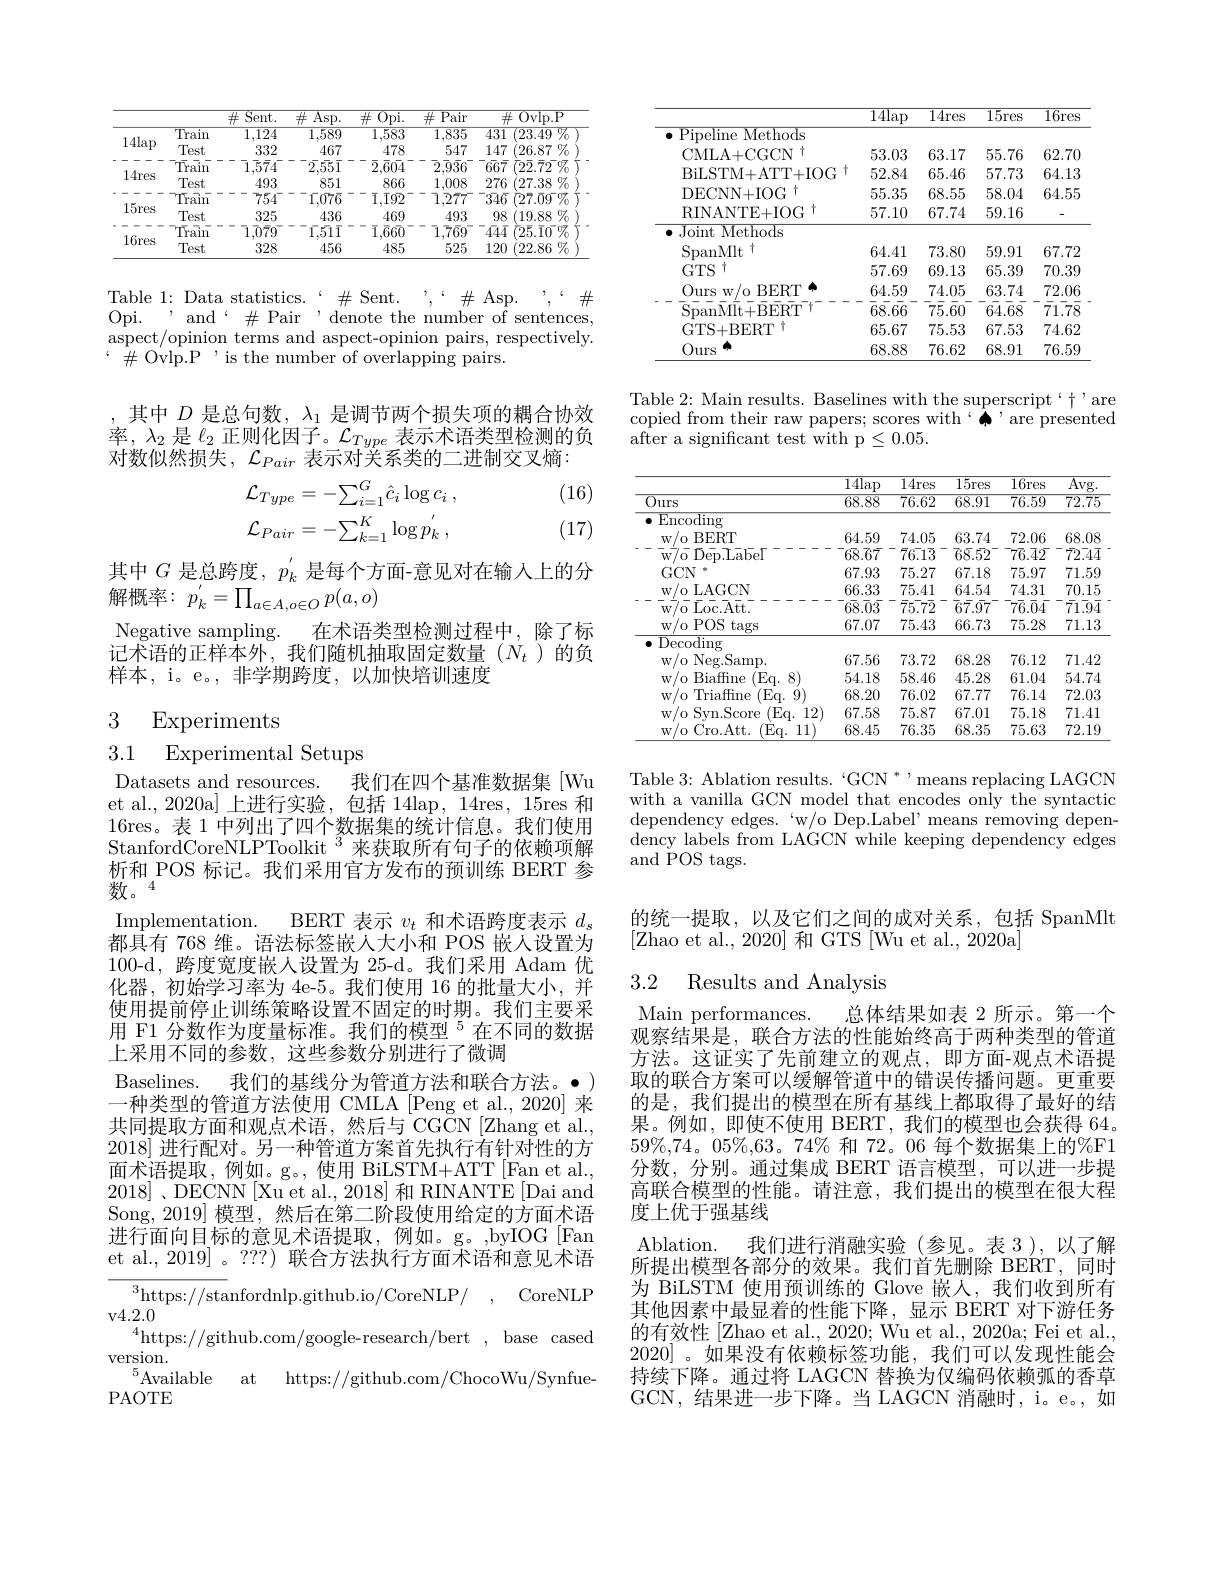
<table>
	<tbody>
		<tr>
			<th> </th>
			<th> </th>
			<th>$\#$Sent.</th>
			<th>$\overline{\#\text{Asp.}}$</th>
			<th>$\overline{\mathrm{Opi.}}$ 拉 1</th>
			<th>$\overline{\text{Pair}}$ 井</th>
			<th>$\#$Ovlp. P</th>
		</tr>
		<tr>
			<td>1 11</td>
			<td>$\overline{\text{Train}}$</td>
			<td>1,124</td>
			<td>$\overline{1,589}$</td>
			<td>1,583</td>
			<td>$\overline{1,835}$</td>
			<td>431 (23.49 $\%$</td>
		</tr>
		<tr>
			<td>$1414p$</td>
			<td>Test</td>
			<td>332</td>
			<td>467</td>
			<td>478</td>
			<td>547</td>
			<td>147 $(26.87\%$</td>
		</tr>
		<tr>
			<td> </td>
			<td>$\bar{\text{Train}}$</td>
			<td>$\bar{1},\bar{5}\bar{7}4$</td>
			<td>$\bar{2}\bar{55}\bar{1}$</td>
			<td>$\bar{2},\bar{6}\bar{04}$</td>
			<td>$\bar{2},\bar{9}\bar{3}6$</td>
			<td>$\bar{6}\bar{6}\bar{6}\bar{7}$ $\bar{(}2\bar{2}.\bar{7}\bar{2}\%$</td>
		</tr>
		<tr>
			<td>14res</td>
			<td>Test</td>
			<td>493</td>
			<td>851</td>
			<td>866</td>
			<td>1,008</td>
			<td>276 (27.38 $\%$</td>
		</tr>
		<tr>
			<td> </td>
			<td>$\daleth \text{Tra\^{ı } n}$</td>
			<td>754</td>
			<td>1,076</td>
			<td>1,192</td>
			<td>1,277</td>
			<td>-346 $\textcircled{2}7.09\%$</td>
		</tr>
		<tr>
			<td>$15res$</td>
			<td>Test</td>
			<td>325</td>
			<td>436</td>
			<td>469</td>
			<td>493</td>
			<td>98 (19.88 $\%$ 21</td>
		</tr>
		<tr>
			<td> </td>
			<td>$\bar{\text{Train}}$</td>
			<td>$\bar{1},\bar{0}\bar{7}\bar{9}$</td>
			<td>1511</td>
			<td>$\bar{1},\bar{6}6\bar{0}$</td>
			<td>$\bar{1},\bar{7}\bar{6}9$</td>
			<td>$\dot{(}25.\bar{1}0\%$ 444</td>
		</tr>
		<tr>
			<td>$10res$</td>
			<td>Test</td>
			<td>328</td>
			<td>456</td>
			<td>485</td>
			<td>525</td>
			<td>120 $\langle 22. 86$ $\%$</td>
		</tr>
	</tbody>
</table>

Table 1: Data statistics. ‘# Sent. ’,“# Asp. ’,“# Opi. , and $\#$Pair ,denote the number of sentences, aspect/opinion terms and aspect-opinion pairs, respectively. $\#$Ovlp.P , is the number of overlapping pairs.

其中$D$是总句数，$\lambda_1$是调节两个损失项的耦合协效率，$\lambda_2$是$\ell_2$正则化因子。$\mathcal{L}_Type$表示术语类型检测的负对数似然损失，$\mathcal{L}_Pair$表示对关系类的二进制交叉熵：

(16)
$$\mathcal{L}_{Type}=-\sum_{i=1}^{G}\hat{c}_{i}\log c_{i}\:,\\\mathcal{L}_{Pair}=-\sum_{k=1}^{K}\log p_{k}^{'}\:,$$
(17)

其中$G$是总跨度，$p_k^{^{\prime}}$是每个方面-意见对在输入上的分
解概率：$p_k^{'}=\prod_{a\in A,o\in O}p(a,o)$

Negative sampling. 在术语类型检测过程中，除了标$\bar{\text{记术语的正样本外，我们随机抽取固定数量(}N_t)}$的负样本，i。e。,非学期跨度，以加快培训速度

## 3 Experiments

3.1 Experimental Setups

Datasets and resources. 我们在四个基准数据集[Wu] et al., 2020a] 上进行实验，包括 14lap, 14res, 15res 和16res。表 1 中列出了四个数据集的统计信息。我们使用StanfordCoreNLPToolkit $^{3}$来获取所有句子的依赖项解析和 POS 标记。我们采用官方发布的预训练 BERT 参数。4
Implementation. BERT 表示$v_t$和术语跨度表示$d$ 都具有 768 维。语法标签嵌人大小和 POS 嵌人设置为100-d,跨度宽度嵌人设置为 25-d。我们采用 Adam 优化器，初始学习率为 4e-5。我们使用 16 的批量大小，并使用提前停止训练策略设置不固定的时期。我们主要采用 F1 分数作为度量标准。我们的模型$^{5}$在不同的数据上采用不同的参数，这些参数分别进行了微调
Baselines. 我们的基线分为管道方法和联合方法。·) 一种类型的管道方法使用 CMLA [Peng et al., 2020] 来共同提取方面和观点术语，然后与 CGCN [Zhang et al., 2018]进行配对。另一种管道方案首先执行有针对性的方面术语提取，例如。g。,使用 BiLSTM+ATT[Fan et al., 2018] ,DECNN[Xu et al., 2018] 和 RINANTE[Dai and Song, 2019] 模型，然后在第二阶段使用给定的方面术语进行面向目标的意见术语提取，例如。g。,byIOG[Fan] et al.,2019]。???)联合方法执行方面术语和意见术语
$^3$https://stanfordnlp.github.io/CoreNLP/
CoreNLP
v4. 2. 0
$^4$https://github.com/google-research/bert, base cased
version.
$^{5}$Available at
https://github.com/ChocoWu/Synfue-
PAOTE

<table>
	<tbody>
		<tr>
			<th> </th>
			<th>$\overline{14\text{lap}}$</th>
			<th>$\overline{14\text{res}}$</th>
			<th>$\overline{15\text{res}}$</th>
			<th>$\overline{16\text{res}}$</th>
		</tr>
		<tr>
			<td>Pipeline Methods</td>
			<td> </td>
			<td> </td>
			<td> </td>
			<td> </td>
		</tr>
		<tr>
			<td>$\mathrm{CMLA+CGCN}^{\dagger}$</td>
			<td>53.03</td>
			<td>63.17</td>
			<td>55.76</td>
			<td>62.70</td>
		</tr>
		<tr>
			<td>$\mathrm{BiLSTM+ATT+IOG}^{\dagger}$</td>
			<td>52.84</td>
			<td>65.46</td>
			<td>57.73</td>
			<td>64.13</td>
		</tr>
		<tr>
			<td>$\mathrm{DECNN+IOG}^{\dagger}$</td>
			<td>55.35</td>
			<td>68.55</td>
			<td>58.04</td>
			<td>64.55</td>
		</tr>
		<tr>
			<td>RINANTE+IOG 11</td>
			<td>57.10</td>
			<td>67.74</td>
			<td>59.16</td>
			<td> </td>
		</tr>
		<tr>
			<td>Joint t Methods</td>
			<td> </td>
			<td> </td>
			<td> </td>
			<td> </td>
		</tr>
		<tr>
			<td>$\mathrm{SpanMlt}^{\dagger}$</td>
			<td>64.41</td>
			<td>73.80</td>
			<td>59.91</td>
			<td>67.72</td>
		</tr>
		<tr>
			<td>$GTS$ $\therefore+$</td>
			<td>57.69</td>
			<td>69.13</td>
			<td>65.39</td>
			<td>70.39</td>
		</tr>
		<tr>
			<td>Ours BERT $W$ $IO$ 11 $\overline{\mathrm{SpanMlt+BERT}}$</td>
			<td>64.59 68.66</td>
			<td>74.05 $\bar{7}\bar{5}.\bar{6}0$</td>
			<td>63.74 64.68</td>
			<td>72.06 $\bar{71}.\bar{78}$</td>
		</tr>
		<tr>
			<td>GTS+BERT t</td>
			<td>65.67</td>
			<td>75.53</td>
			<td>67.53</td>
			<td>74.62</td>
		</tr>
		<tr>
			<td>Ours</td>
			<td>68.88</td>
			<td>76.62</td>
			<td>68.91</td>
			<td>76.59</td>
		</tr>
	</tbody>
</table>

Table 2: Main results. Baselines with the superscript``` are copied from their raw papers; scores with` $\bar{\spadesuit}$ 'are presented after a significant test with p $\leq0.05.$

<table>
	<tbody>
		<tr>
			<th> </th>
			<th>$\overline{14\text{lap}}$</th>
			<th>$\overline{14\text{res}}$</th>
			<th>$\overline{15\text{res}}$</th>
			<th>$\overline{16\text{res}}$</th>
			<th>$\overline{\mathrm{Avg.}}$</th>
		</tr>
		<tr>
			<th>$\overline{Ours}$</th>
			<th>$\overline{68.88}$</th>
			<th>$\overline{76.62}$</th>
			<th>68.91</th>
			<th>$\overline{76.59}$</th>
			<th>$\overline{72.75}$</th>
		</tr>
		<tr>
			<td>$\operatorname{Encoding}$</td>
			<td> </td>
			<td> </td>
			<td> </td>
			<td> </td>
			<td> </td>
		</tr>
		<tr>
			<td>$w/_{0}$ $\textbf{BERT}$</td>
			<td>64.59</td>
			<td>74.05</td>
			<td>63.74</td>
			<td>72.06</td>
			<td>68.08</td>
		</tr>
		<tr>
			<td>$\bar{\mathrm{w} } / \bar{\mathrm{o} }$ $\bar{\mathrm{Dep}} . \bar{\mathrm{Labe}} \Gamma$</td>
			<td>68.67</td>
			<td>76.13</td>
			<td>768.52</td>
			<td>776.42</td>
			<td>$\bar{72.44}$</td>
		</tr>
		<tr>
			<td>$GCN$</td>
			<td>67.93</td>
			<td>75.27</td>
			<td>67.18</td>
			<td>75.97</td>
			<td>71.59</td>
		</tr>
		<tr>
			<td>w/ o LAGCN</td>
			<td>66.33</td>
			<td>75.41</td>
			<td>64.54</td>
			<td>74.31</td>
			<td>70.15</td>
		</tr>
		<tr>
			<td>$\overline{{\mathrm{w}}}\bar{{\mathrm{7}}}_{0}\bar{{\mathrm{Loc}}}\bar{{\mathrm{Att}}}.$</td>
			<td>$6\bar{8}.\bar{0}\bar{3}$</td>
			<td>$\bar{7}5\bar{72}$</td>
			<td>$\bar{6}\bar{7}.\bar{9}\bar{7}$</td>
			<td>$\bar{7}\bar{6}.\bar{0}\bar{4}$</td>
			<td>$\bar{71}\bar{94}$</td>
		</tr>
		<tr>
			<td>$w/0$ POS tags</td>
			<td>67.07</td>
			<td>75.43</td>
			<td>66.73</td>
			<td>75.28</td>
			<td>71.13</td>
		</tr>
		<tr>
			<td>Decoding</td>
			<td> </td>
			<td> </td>
			<td> </td>
			<td> </td>
			<td> </td>
		</tr>
		<tr>
			<td>w/ o Neg. Samp. </td>
			<td>67.56</td>
			<td>73.72</td>
			<td>68.28</td>
			<td>76.12</td>
			<td>71.42</td>
		</tr>
		<tr>
			<td>$w/_{0}$ Biaffine (Eq. 8)</td>
			<td>54.18</td>
			<td>58.46</td>
			<td>45.28</td>
			<td>61.04</td>
			<td>54.74</td>
		</tr>
		<tr>
			<td>$w/0$ Triaffine (Eq. 9)</td>
			<td>68.20</td>
			<td>76.02</td>
			<td>67.77</td>
			<td>76.14</td>
			<td>72.03</td>
		</tr>
		<tr>
			<td> Svn. Score (Eq. 12) $W/0$</td>
			<td>67.58</td>
			<td>75.87</td>
			<td>67.01</td>
			<td>75.18</td>
			<td>71.41</td>
		</tr>
		<tr>
			<td>(Eq. 11) w/ 0 Cro. Att. </td>
			<td>68.45</td>
			<td>76.35</td>
			<td>68.35</td>
			<td>75.63</td>
			<td>72.19</td>
		</tr>
	</tbody>
</table>

Table 3: Ablation results.“GCN”, means replacing LAGCN with a vanilla GCN model that encodes only the syntactic dependency edges. ‘w/o Dep.Label’ means removing depen- $\hat{\text{dency labels from LAGCN while keeping dependency edges}}$ and POS tags.

的统一提取，以及它们之间的成对关系，包括 SpanMlt
[Zhao et al., 2020] 和 GTS [Wu et al., 2020a]

## 3.2 Results and Analysis

Main performances.
总体结果如表 2 所示。第一个
观察结果是，联合方法的性能始终高于两种类型的管道方法。这证实了先前建立的观点，即方面-观点术语提取的联合方案可以缓解管道中的错误传播问题。更重要的是，我们提出的模型在所有基线上都取得了最好的结果果。例如，即使不使用 BERT,我们的模型也会获得 64。$59\%,74。05\%,63。74\%$和72。06每个数据集上的%F1分数，分别。通过集成 BERT 语言模型，可以进一步提高联合模型的性能。请注意，我们提出的模型在很大程度上优于强基线
Ablation. 我们进行消融实验(参见。表 3 ), 以了解所提出模型各部分的效果。我们首先删除 BERT,同时为 BiLSTM 使用预训练的 Glove 嵌人，我们收到所有其他因素中最显着的性能下降，显示 BERT 对下游任务的有效性[Zhao et al., 2020; Wu et al., 2020a; Fei et al., 2020]。如果没有依赖标签功能，我们可以发现性能会持续下降。通过将 LAGCN 替换为仅编码依赖弧的香草GCN,结果进一步下降。当 LAGCN 消融时，i。e。如